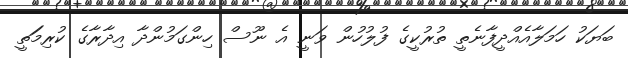
ބަޔަކު ހަމަލާއެއްދީފާނެތީ ތުރުކީގެ ފުލުހުން ވަނީ އެ ނޫސް ހިންގަމުންދާ އިދާރާގެ ކުރިމަަތީ